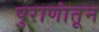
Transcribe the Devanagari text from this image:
पुराणांतून